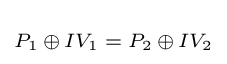
\scriptstyle P_{1}\,\oplus \,IV_{1}\;=\;P_{2}\,\oplus \,IV_{2}